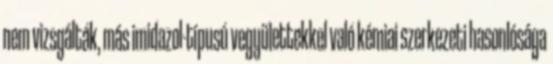
nem vizsgálták, más imidazol-típusú vegyülettekkel való kémiai szerkezeti hasonlósága